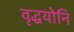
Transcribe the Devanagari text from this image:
वृद्धयोनि